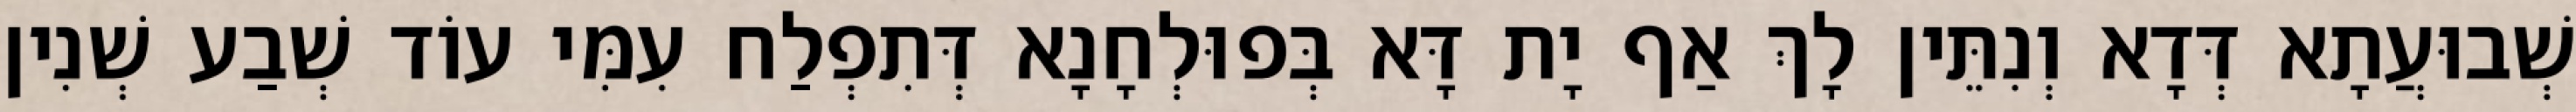
שְׁבוּעֲתָא דְּדָא וְנִתֵּין לָךְ אַף יָת דָּא בְּפוּלְחָנָא דְּתִפְלַח עִמִּי עוֹד שְׁבַע שְׁנִין